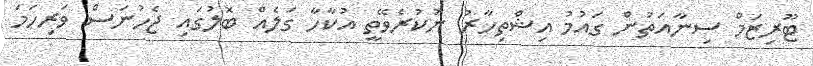
ޓޫރިޒަމް ސިނާއަތުން ގައުމު އިޝްތިހާރު ނުކުރެވޭތީ އުކާހާ ގަލެއް ބޮލުގައި ޖެހުނަސް ވަރިހަމަ